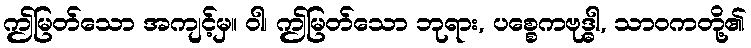
ဤမြတ်သော အကျင့်မှ။ ဝါ၊ ဤမြတ်သော ဘုရား, ပစ္စေကဗုဒ္ဓါ, သာဝကတို့၏